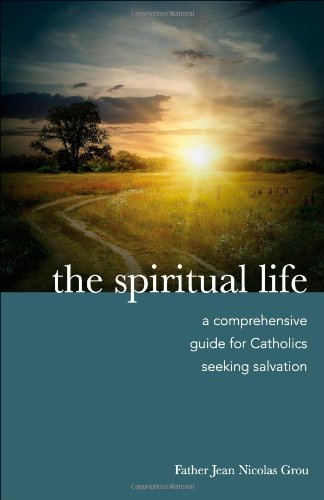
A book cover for The Spiritual Life: A Comprehensive Manual for Catholics Seeking Salvation; Jean Nicolas Grou; Christian Books & Bibles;